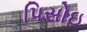
પિસોઇ